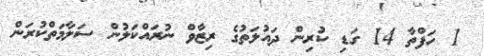
1 ހަފްތާ 14 ގަޑި ކުރިން ދައުލަތުގެ ރިޒާވް ނުރައްކަލުން ސަލާމަތްކުރަން